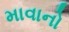
માવાનો